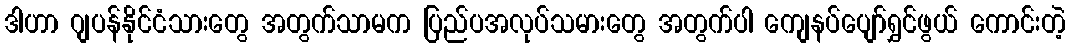
ဒါဟာ ဂျပန်နိုင်ငံသားတွေ အတွက်သာမက ပြည်ပအလုပ်သမားတွေ အတွက်ပါ ကျေနပ်ပျော်ရွှင်ဖွယ် ကောင်းတဲ့